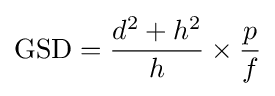
\mathrm {GSD} ={\frac {d^{2}+h^{2}}{h}}\times {\frac {p}{f}}